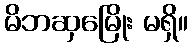
မိဘဆှမြေိုး မရှိ။